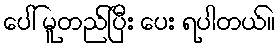
ပေါ် မူတည်ပြီး ပေး ရပါတယ်။